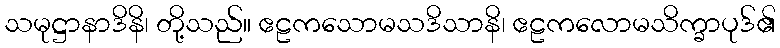
သမုဋ္ဌာနာဒိနိ၊ တို့သည်။ ဧဠကသောမသဒိသာနိ၊ ဧဠကလောမသိက္ခာပုဒ်၏